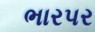
ભારપર